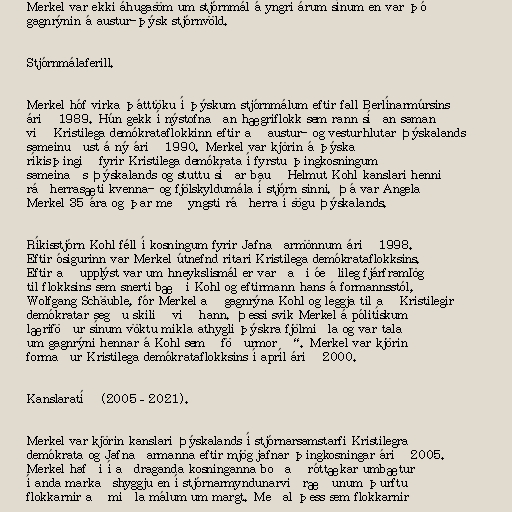
Merkel var ekki áhugasöm um stjórnmál á yngri árum sínum en var þó
gagnrýnin á austur-þýsk stjórnvöld.

Stjórnmálaferill.

Merkel hóf virka þátttöku í þýskum stjórnmálum eftir fall Berlínarmúrsins
árið 1989. Hún gekk í nýstofnaðan hægriflokk sem rann síðan saman
við Kristilega demókrataflokkinn eftir að austur- og vesturhlutar Þýskalands
sameinuðust á ný árið 1990. Merkel var kjörin á þýska
ríkisþingið fyrir Kristilega demókrata í fyrstu þingkosningum
sameinaðs Þýskalands og stuttu síðar bauð Helmut Kohl kanslari henni
ráðherrasæti kvenna- og fjölskyldumála í stjórn sinni. Þá var Angela
Merkel 35 ára og þar með yngsti ráðherra í sögu Þýskalands.

Ríkisstjórn Kohl féll í kosningum fyrir Jafnaðarmönnum árið 1998.
Eftir ósigurinn var Merkel útnefnd ritari Kristilega demókrataflokksins.
Eftir að upplýst var um hneykslismál er varðaði óeðlileg fjárframlög
til flokksins sem snerti bæði Kohl og eftirmann hans á formannsstól,
Wolfgang Schäuble, fór Merkel að gagnrýna Kohl og leggja til að Kristilegir
demókratar segðu skilið við hann. Þessi svik Merkel á pólitískum
læriföður sínum vöktu mikla athygli þýskra fjölmiðla og var talað
um gagnrýni hennar á Kohl sem „föðurmorð“. Merkel var kjörin
formaður Kristilega demókrataflokksins í apríl árið 2000.

Kanslaratíð (2005–2021).

Merkel var kjörin kanslari Þýskalands í stjórnarsamstarfi Kristilegra
demókrata og Jafnaðarmanna eftir mjög jafnar þingkosningar árið 2005.
Merkel hafði í aðdraganda kosninganna boðað róttækar umbætur
í anda markaðshyggju en í stjórnarmyndunarviðræðunum þurftu
flokkarnir að miðla málum um margt. Meðal þess sem flokkarnir